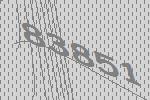
83851